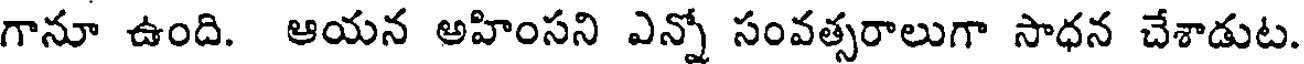
గానూ ఉంది. ఆయన అహింసని ఎన్నో సంవత్సరాలుగా సాధన చేశాడుట.